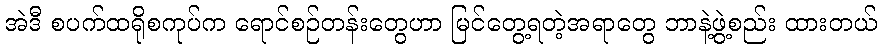
အဲဒီ စပက်ထရိုစကုပ်က ရောင်စဉ်တန်းတွေဟာ မြင်တွေ့ရတဲ့အရာတွေ ဘာနဲ့ဖွဲ့စည်း ထားတယ်